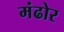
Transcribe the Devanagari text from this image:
मंढोर